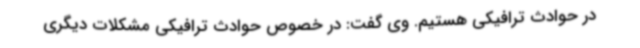
در حوادث ترافیکی هستیم. وی گفت: در خصوص حوادث ترافیکی مشکلات دیگری